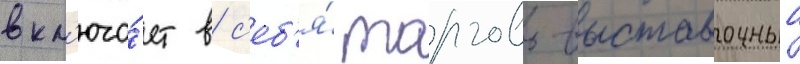
вкл'юча́ет в с'еб'я́ торгово-выставочныи